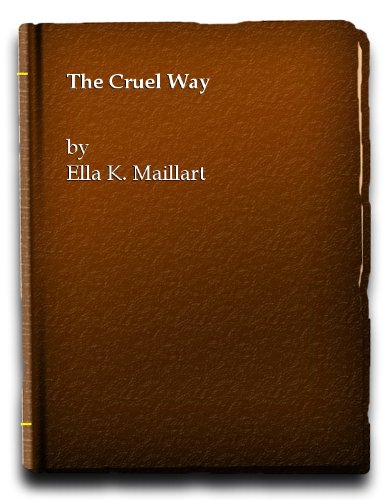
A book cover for The cruel way; Ella Maillart; Travel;